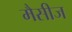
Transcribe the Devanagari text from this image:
मैसीज